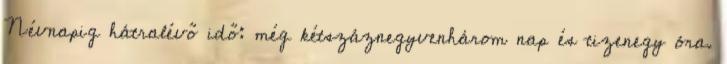
Névnapig hátralévő idő: még kétszáznegyvenhárom nap és tizenegy óra.